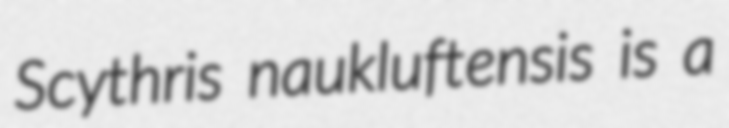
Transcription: Scythris naukluftensis is a